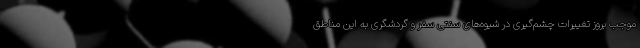
موجب بروز تغییرات چشم‌گیری در شیوه‌های سنتی سفر و گردشگری به این مناطق